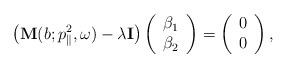
LaTeX: \begin{align*}\left(\mathbf{M}(b; p_{\parallel}^2, \omega) - \lambda \mathbf{I} \right)\left(\begin{array}{c}\beta_1\\ \beta_2\end{array}\right) = \left(\begin{array}{c} 0\\ 0\end{array}\right),\end{align*}